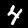
Label: 4